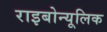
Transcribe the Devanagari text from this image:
राइबोन्यूलिक